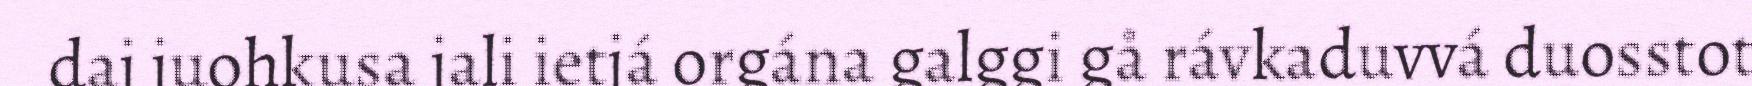
daj juohkusa jali ietjá orgána galggi gå rávkaduvvá duosstot